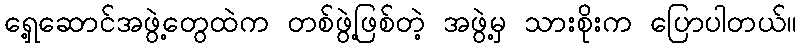
ရှေ့ဆောင်အဖွဲ့တွေထဲက တစ်ဖွဲ့ဖြစ်တဲ့ အဖွဲ့မှ သားစိုးက ပြောပါတယ်။